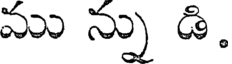
ము న్ను డి.